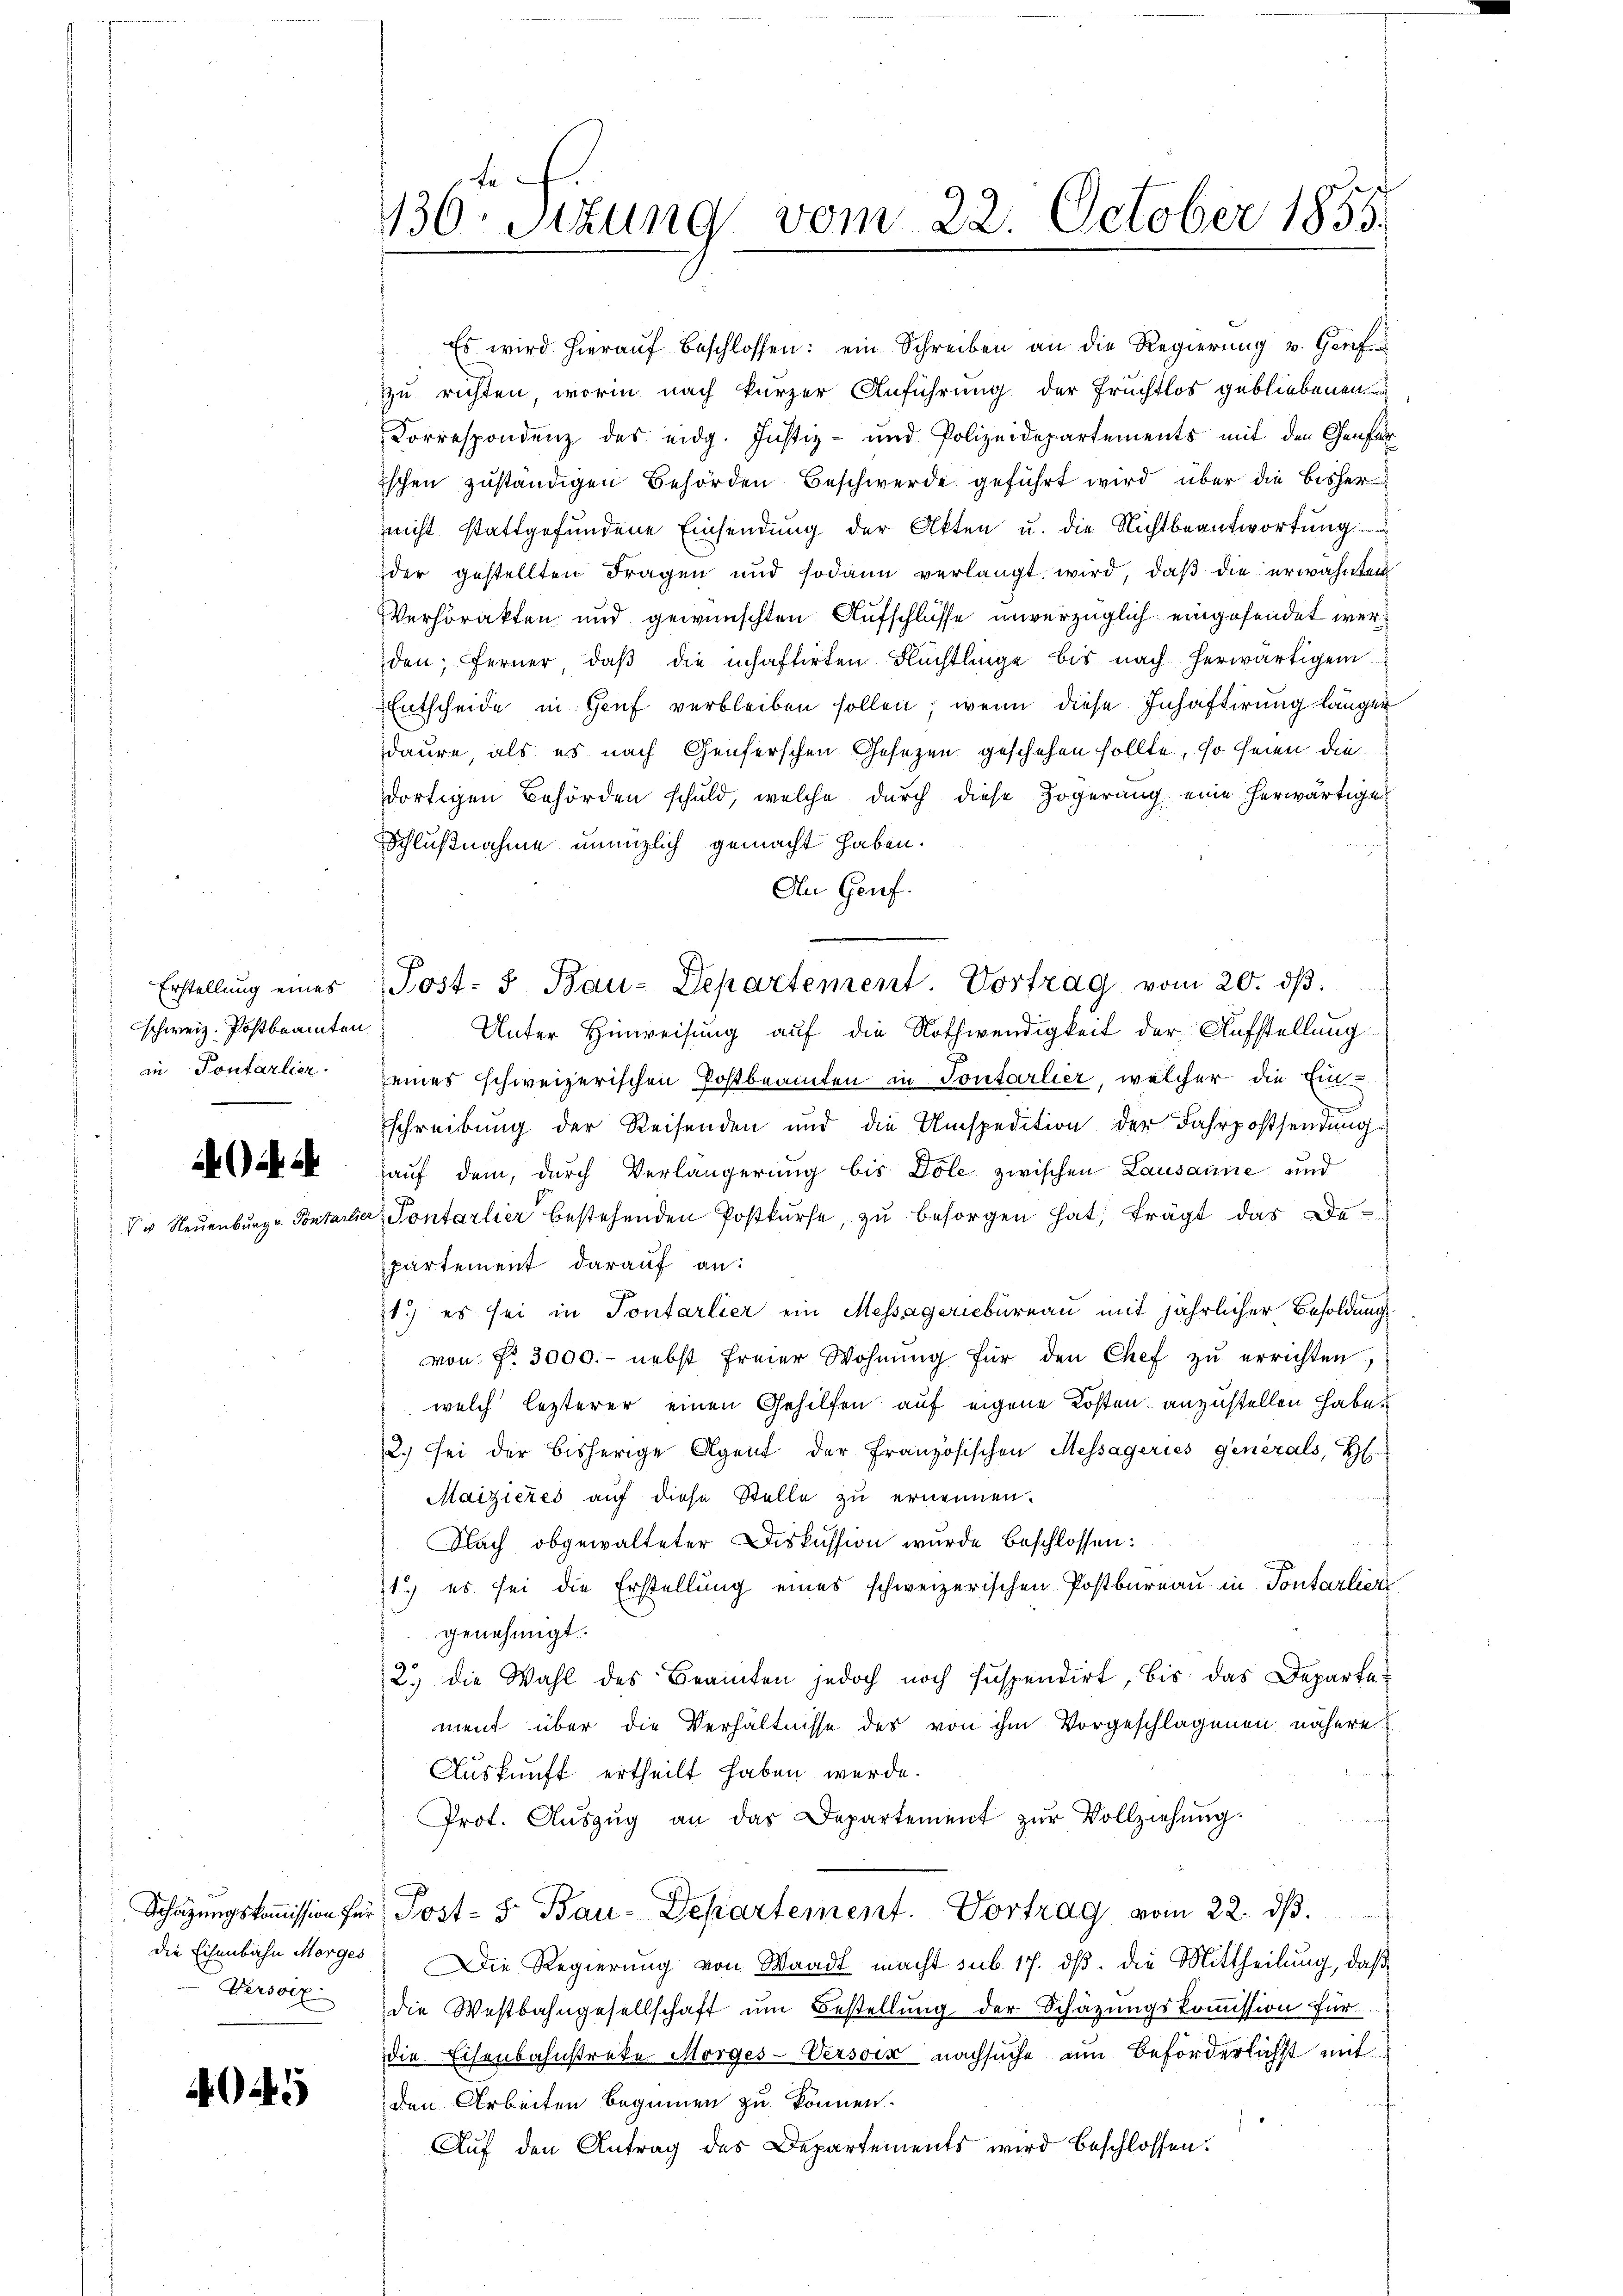
Erstellung eines
schweiz. Postbrannten
in Pontarlier.

Versorz

a

Es wird hieraŭf beschlossen: ein Schreiben an die Regierŭng v. Genf
zu richten, worin nach kurzer Anführung der Fruchtlos gebliebenen
Correspondenz des eidg. Justiz- und Polizeidepartements mit den Genfer
ischen zuständigen Behörden Beschwerde geführt wird, über die bisher
nicht stattgefundene Einsendŭng der Akten u. die Nichtbeantwortŭng
der gestellten Fragen und sodann verlangt wird, daβ die erwähnten
Verhörakten und gewünschten Aufschlüsse unverzüglich eingesendet werden; ferner, daβ die inhaftirten Flüchtlinge bis nach herwärtigen
Entscheide in Genf verbleiben sollen, wenn diese Inhaftirung länger
daure, als es nach Genferschen Gesezen geschehen sollte, so seien diedortigen Behörden schuld, welche durch diese Zögerung eine herwärtige
Schlußnahme unenzlich gemacht haben.
An Genf.
Unter Hinweisung auf die Nothwendigkeit der Aufstellung
eines schweizerischen Postbeamten in Sontarlier, welcher die Ein-
Schreibung der Reisenden und die Umspedition der Fahrpossendung
auf dem, durch Verlängerung bis Dole zwischen Lausanne und
V u Neŭenbŭrge Pontarlier, Pontarlier bestehenden Postkŭrse, zu besorgen hat, frägt das Departement darauf an:
1) es sei in Pontarlier ein Messagericbüreau mit jährlicher Besoldung
von Nr. 3000.- nebst freier Wohnŭng für den Chef zu errichten,
welch lezterer einen Gehilfen auf eigene Kosten anzustellen habe.
2.) Sei der bisherige Agent der Französischen Messageries generals, H
Maizieres auf diese Stelle zu ernennen.
Nach obgewalteter Diskussion wurde beschlossen:
1) es sei die Erstellung eines schweizerischen Postbureau in Pontarlier
genehmigt.
2.) Die Wahl des Beamten jedoch noch suspendirt, bis das Departement über die Verhältnisse des von ihm Vorgeschlagenen nähere
Auskunft ertheilt haben werde.
Prot. Aŭszŭg an das Departement zŭr Vollziehŭng.
Schazungskoṁission für Post- & Bau-Departement. Vortrag vom 22. dβ.
die Eisenbahn Morges. Die Regierung von Waadt macht sub. 17. dβ. die Mittheilung, daß
die Westbahngesellschaft ŭm Bestellung der Schäzungskoṁission für
die Eisenbahnstrete Morges-Versoin nachsuche um Beförderlichst mit
den Arbeiten beginnen zu können.
Auf den Antrag des Departements wird beschlossen:

130. Sitzung vom 22. October 1855.

Post- u Bau-Departement. Vortrag vom 20. dβ.